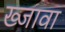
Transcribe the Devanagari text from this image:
ख्जावा